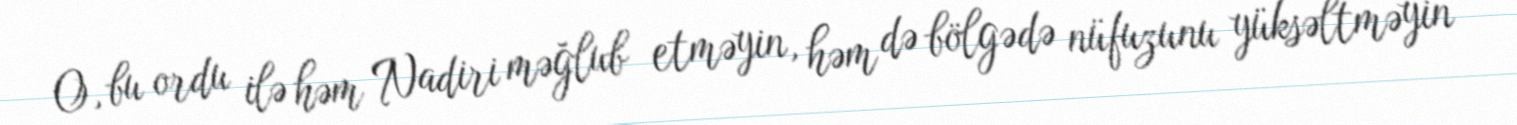
O, bu ordu ilə həm Nadiri məğlub etməyin, həm də bölgədə nüfuzunu yüksəltməyin